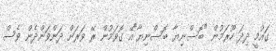
ގައުމީ ދިދަ ހޫރަމުން "ބޮސްނިޔާ ބޮސްނިޔާ"އޭ ގޮވަމުން ރޭ ވަރަށް ދަންވަންދެން ވެސް